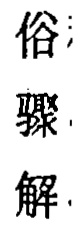
俗
驟
解